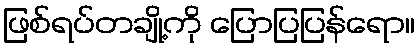
ဖြစ်ရပ်တချို့ကို ပြောပြပြန်ရော။